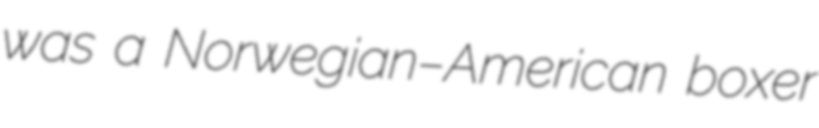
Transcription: was a Norwegian–American boxer